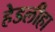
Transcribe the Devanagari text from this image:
हेडलीहा